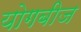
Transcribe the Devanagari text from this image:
योगबीज